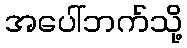
အပေါ်ဘက်သို့